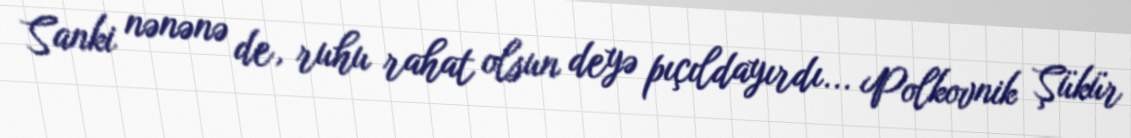
Sanki nənənə de, ruhu rahat olsun deyə pıçıldayırdı... Polkovnik Şükür